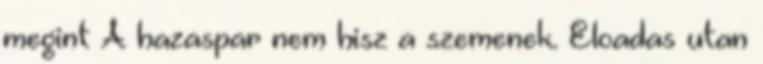
megint A hazaspar nem hisz a szemenek. Eloadas utan